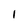
Character: 1